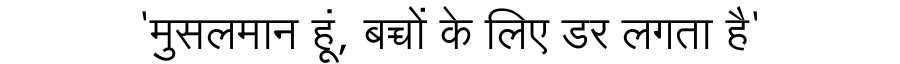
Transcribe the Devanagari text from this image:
'मुसलमान हूं, बच्चों के लिए डर लगता है'